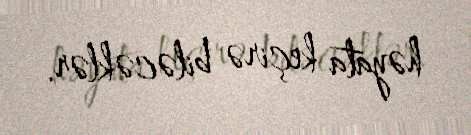
həyata keçirə biləcəklər.